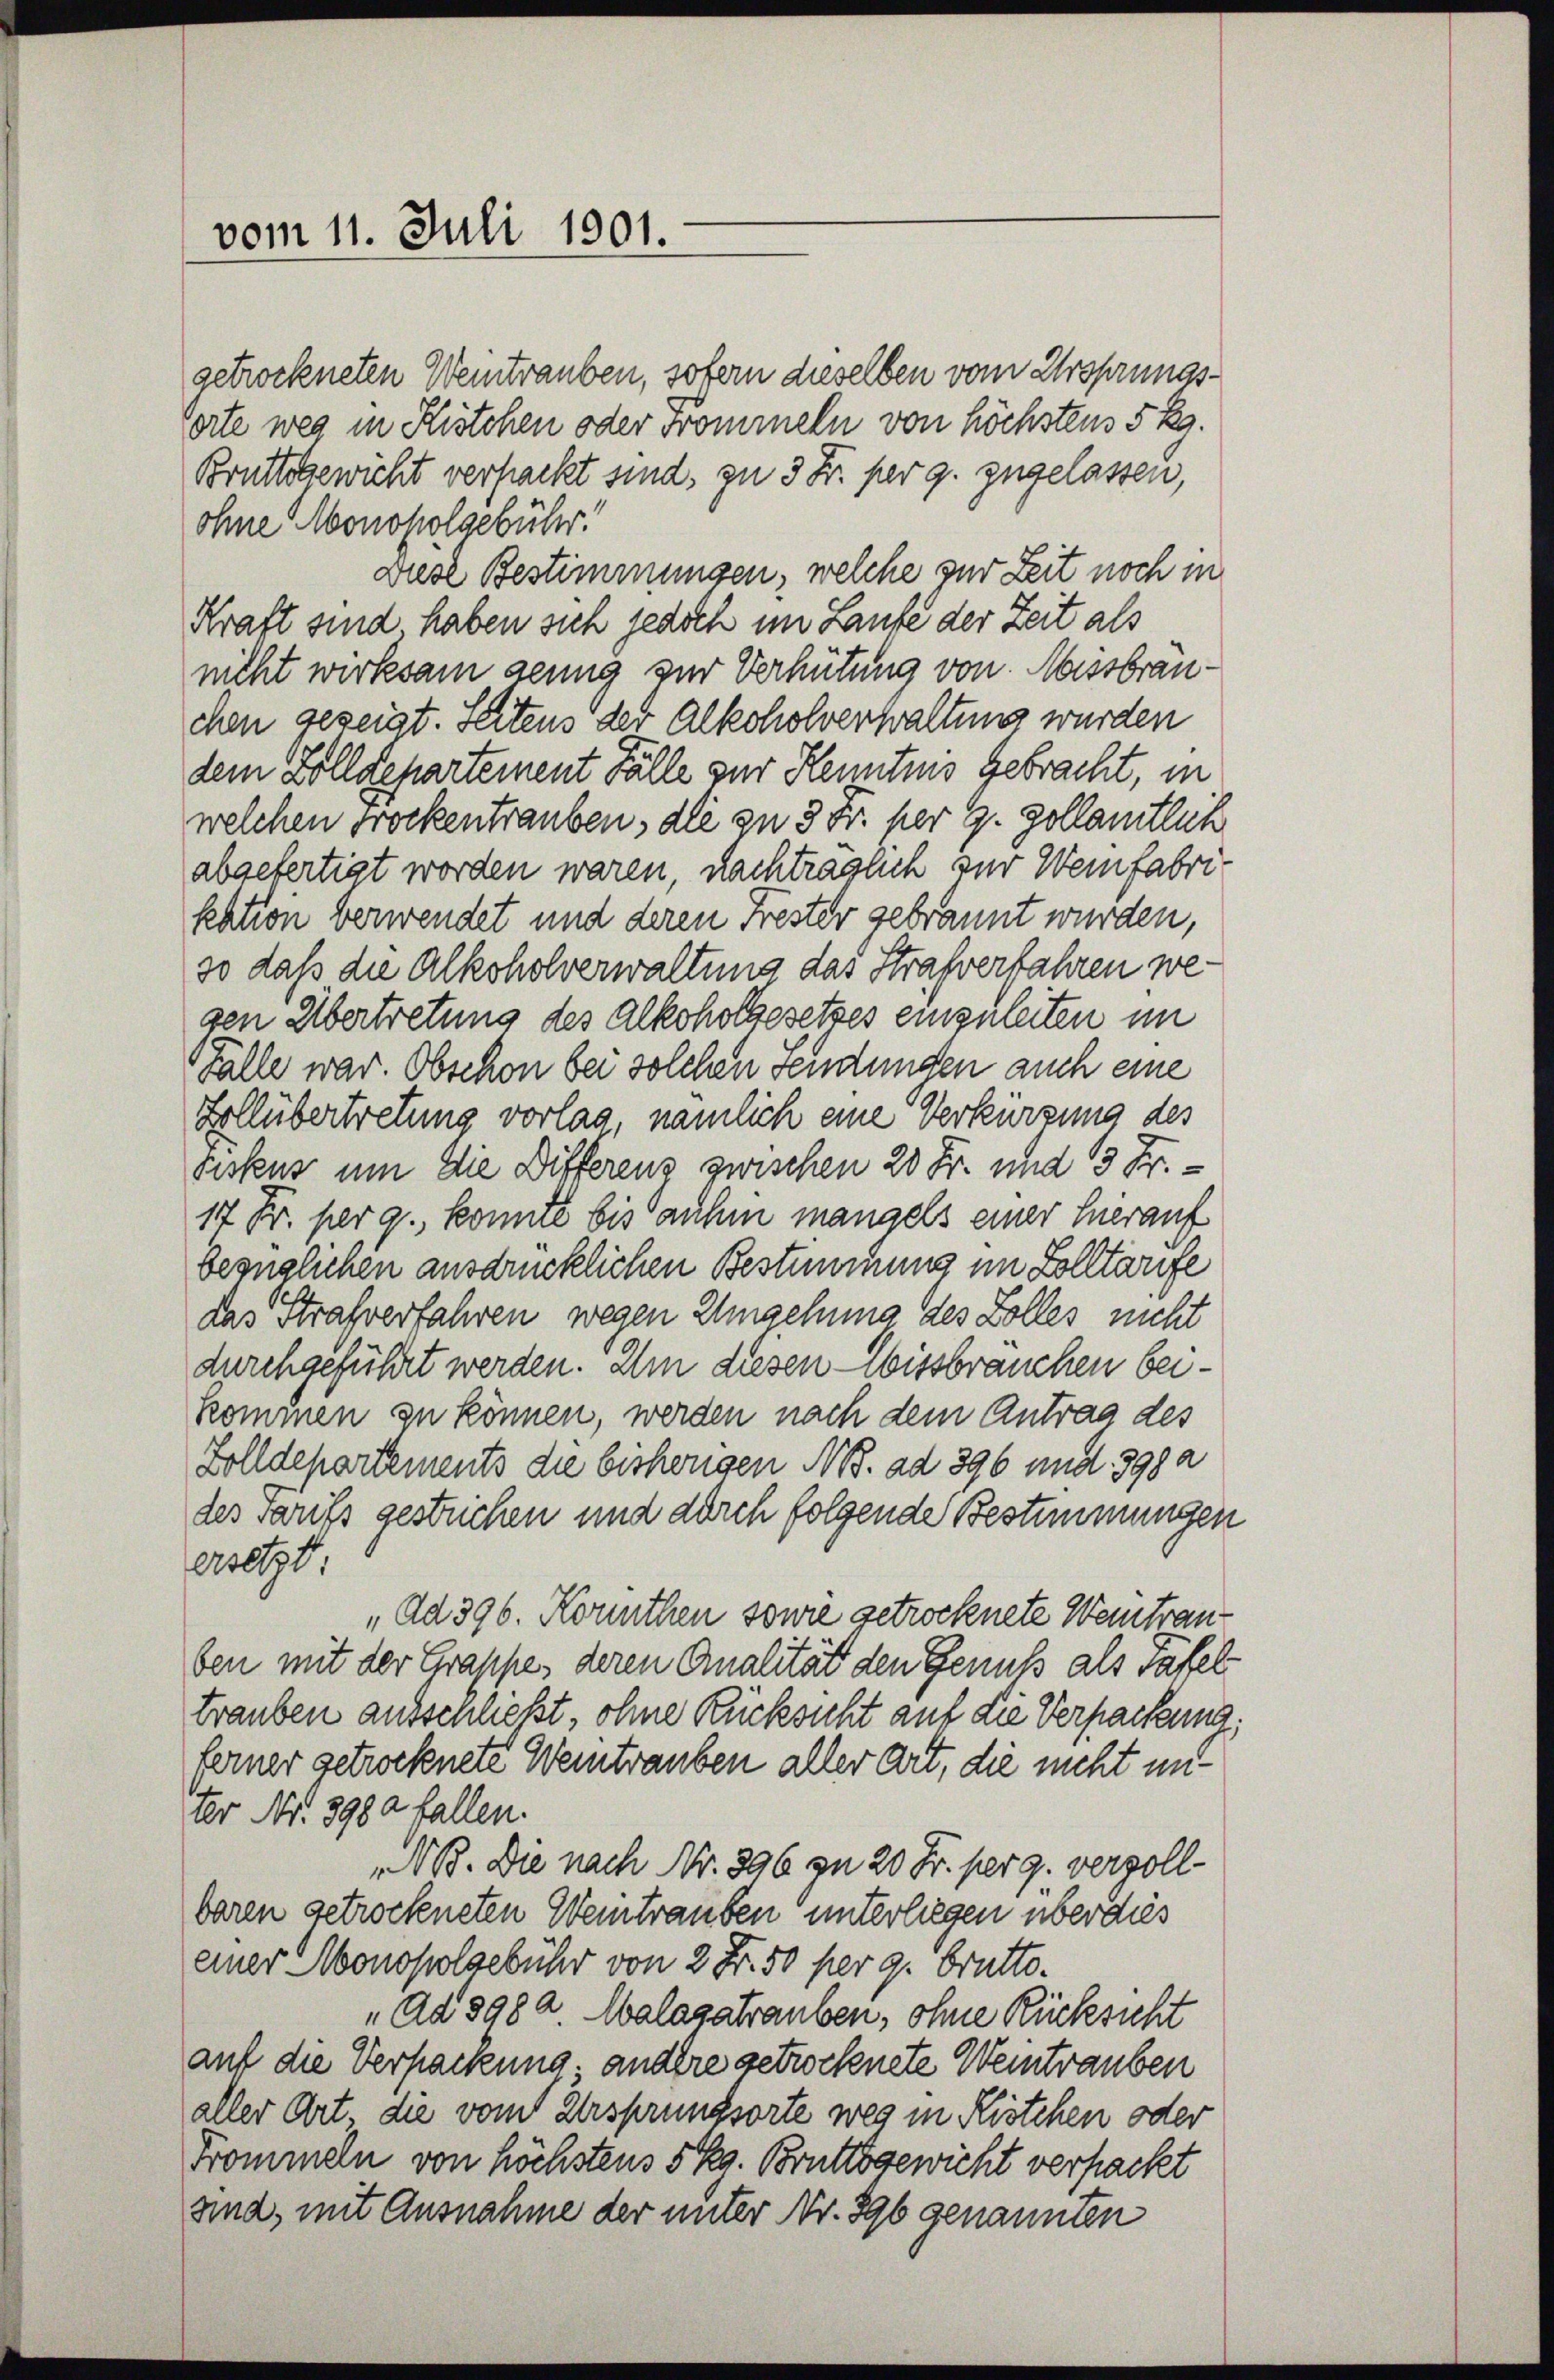
vom 11. Juli 1901.

getrockneten Weintrauben, sofern dieselben vom Ursprungsorte weg in Kistchen oder Frommeln von höchsten 5 Rg.
Brattsgewicht verpackt sind, zu 3 Fr. per g. zugelassen,
ohne Monopolgebühr.
wiese Bestimmungen, welche zur Zeit noch in
Kraft sind, haben sich jedoch im Laufe der Zeit als
nicht wirksam genug zur Verhütung von Missbrauchen gezeigt. Seitens der Alkoholverwaltung wurden
dem Zolldepartement Fälle zur Kenntnis gebracht, in
welchen trockentrauben, die zu 3 Fr. per 9. gollamtlich
abgefertigt worden waren, nachträglich zur Weinfabrikation verwendet und deren Frester gebrannt wurden,
so daß die Alkoholverwaltung das Strafverfahren wegen Übertretung des Alkoholgesetzes einzuleiten im
Falle war. Obschon bei solchen Sendungen auch eine
Zollübertretung vorlag, nämlich eine Verkürzung des
Fiskus um die Differens zwischen 20 Fr. und 13 Fr.
17 Fr. per 9., konnte bis aufen mangels einer hierauf
bezüglichen ausdrücklichen Bestimmung im Zolltarife
das Strafverfahren wegen Umgehung des Zolles nicht
durchgeführt werden. Um diesen - Missbrauchen beikommen zu können, werden nach dem Antrag des
Zolldepartements die bishingen No. ad 396 und 398 a
des Tarifs gestrichen und durch folgende Bestimmungen
eret,
„Ad 396. Konthen sowie getrocknete Weintrauben mit der Grappe, deren Qualität den Genuß als Tafel
trauben ausschließt, ohne Rücksicht auf die Verpackung,
ferner getrocknete Weintrauben aller Art, die nicht unter Nr. 398 a fallen.
NB. Die nach Nr. 396 zu 20 Fr. per 9. verzollbaren getrockneten Weintrauben unterliegen überdies
einer Monopolgebühr von 2 Fr. 50 per 9. brutto.
„Ad 898a Walagatrauben, ohne Rücksicht
auf die Verpackung andere getrocknete Weintrauben
aller Art, die vom Ursprungsorte weg in Kistchen oder
Frommeln von höchstens 5 kg. Bruttogewicht verpackt
sind, mit Ausnahme der unter Nr. 396 genannten